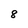
Character: 8